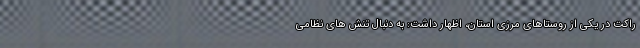
راکت در یکی از روستاهای مرزی استان، اظهار داشت: به دنبال تنش های نظامی